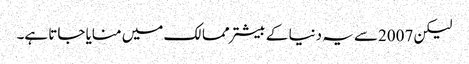
لیکن 2007سے یہ دنیا کے بیشتر ممالک میں منایا جاتا ہے۔